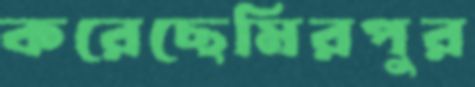
করেছেমিরপুর